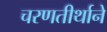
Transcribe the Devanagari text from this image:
चरणतीर्थाने